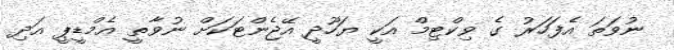
ނުވަތަ އެފަހަރު ގެ ވިކްޓިމް އަކީ ޔަހޫދީ އޭޖެންޓަކަށް ނުވާތީ އެމްޑީޕީ އަދި